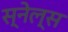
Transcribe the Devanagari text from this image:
स्नेल्स